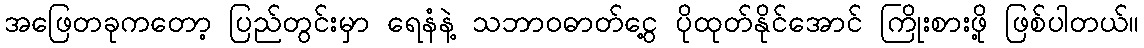
အဖြေတခုကတော့ ပြည်တွင်းမှာ ရေနံနဲ့ သဘာဝဓာတ်ငွေ့ ပိုထုတ်နိုင်အောင် ကြိုးစားဖို့ ဖြစ်ပါတယ်။